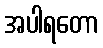
အပါရတော